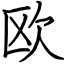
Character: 欧